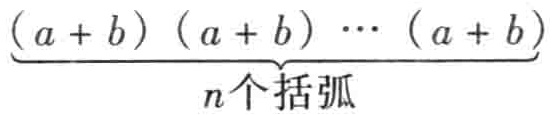
\(\underbrace{(a + b)(a + b)\cdots(a + b)}_{n个括弧}\)